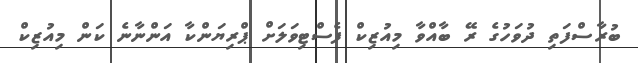
ބުރާސްފަތި ދުވަހުގެ ރޭ ބާއްވާ މިއުޒިކް ފެސްޓިވަލަށް ޕްރިޔަންކާ އަންނާނެ ކަން މިއުޒިކް